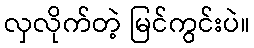
လှလိုက်တဲ့ မြင်ကွင်းပဲ။